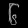
Digit: ၆